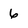
Character: 6